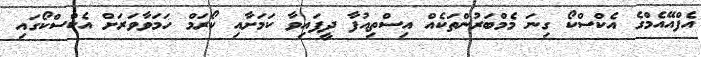
އެފްއޭއެމްގެ އެކްސްކޯ ގިނަ މެމްބަރުންތަކެއް އިސްތިއުފާ ދީފައިވާ ކަމަށާއި ކޯރަމް ހަމަވާވަރަށް އެކްސްކޯގައި